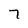
Character: 7